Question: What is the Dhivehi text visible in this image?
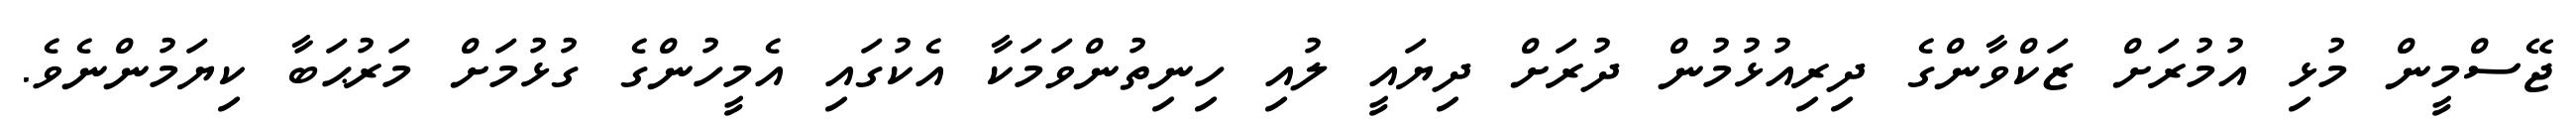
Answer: ޖޭސްމީން މުޅި އުމުރަށް ޒަކްވާންގެ ދިރިއުޅުމުން ދުރަށް ދިޔައީ ލުއި ހިނިތުންވަމަކާ އެކުގައި އެމީހުންގެ ގުޅުމަށް މަރުޙަބާ ކިޔަމުންނެވެ.